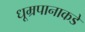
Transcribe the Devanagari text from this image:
धूम्रपानाकडे